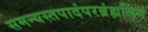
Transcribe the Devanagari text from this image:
समन्यस्तपादंपरब्रंह्मलिंगं